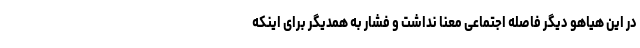
در این هیاهو دیگر فاصله اجتماعی معنا نداشت و فشار به همدیگر برای اینکه